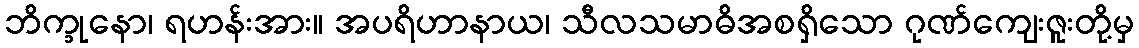
ဘိက္ခုနော၊ ရဟန်းအား။ အပရိဟာနာယ၊ သီလသမာဓိအစရှိသော ဂုဏ်ကျေးဇူးတို့မှ